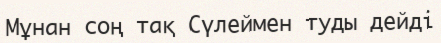
Мұнан соң тақ Сүлеймен туды дейді